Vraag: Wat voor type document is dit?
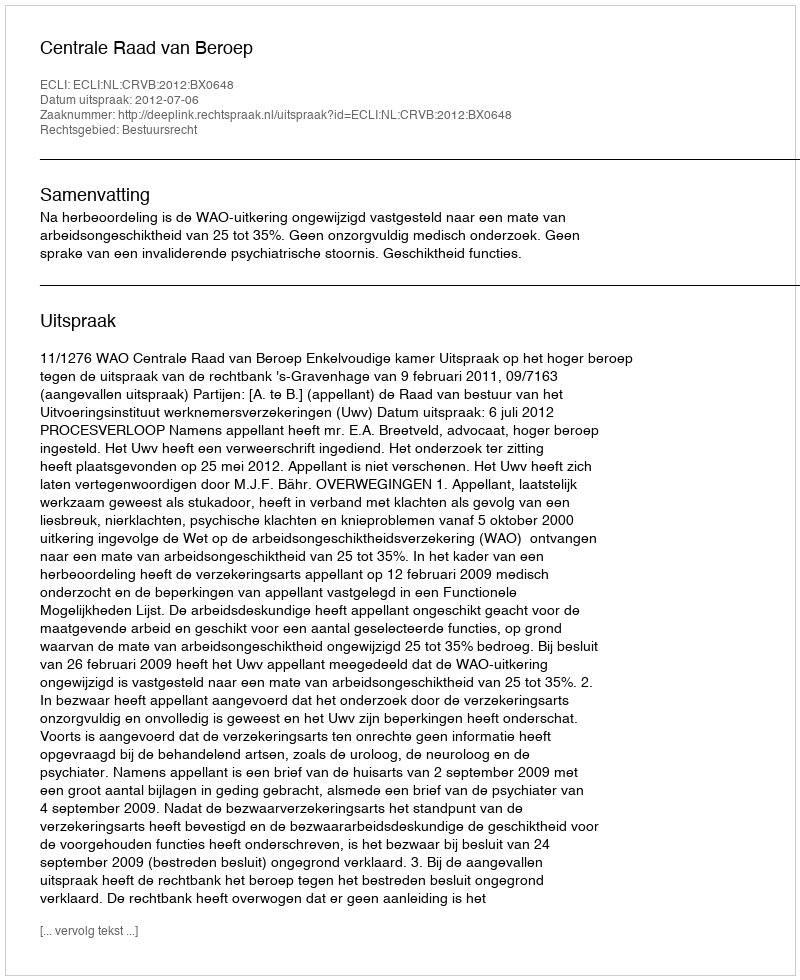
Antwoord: Uitspraak